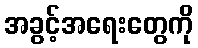
အခွင့်အရေးတွေကို